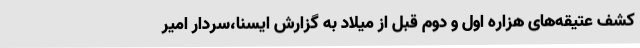
کشف عتیقه‌های هزاره اول و دوم قبل از میلاد به گزارش ایسنا،سردار امیر